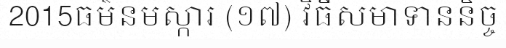
2015ធម៌នមស្ការ (១៧) វិធីសមាទាននិច្ច